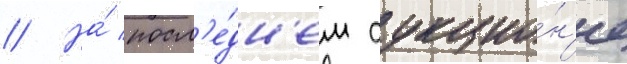
// На́ посл'е́дн'ем аукцио́н'е